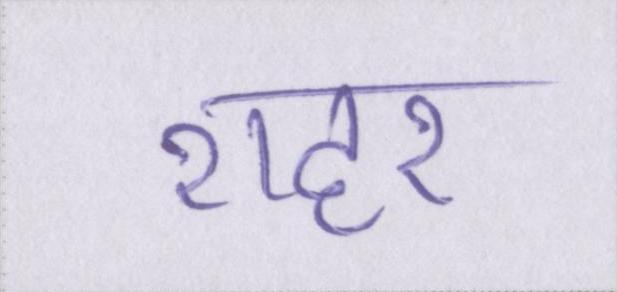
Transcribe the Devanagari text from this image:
शहर